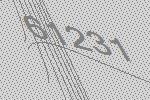
61231